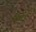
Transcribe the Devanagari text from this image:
र्रसोई